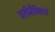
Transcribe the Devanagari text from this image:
प्रतीजैविकांचे